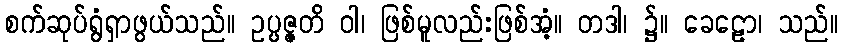
စက်ဆုပ်ရွံရှာဖွယ်သည်။ ဥပ္ပဇ္ဇတိ ဝါ၊ ဖြစ်မူလည်းဖြစ်အံ့။ တဒါ၊ ၌။ ခေဠော၊ သည်။